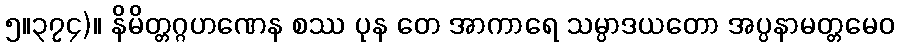
၅။၃၇၄)။ နိမိတ္တဂ္ဂဟဏေန စဿ ပုန တေ အာကာရေ သမ္ပာဒယတော အပ္ပနာမတ္တမေဝ